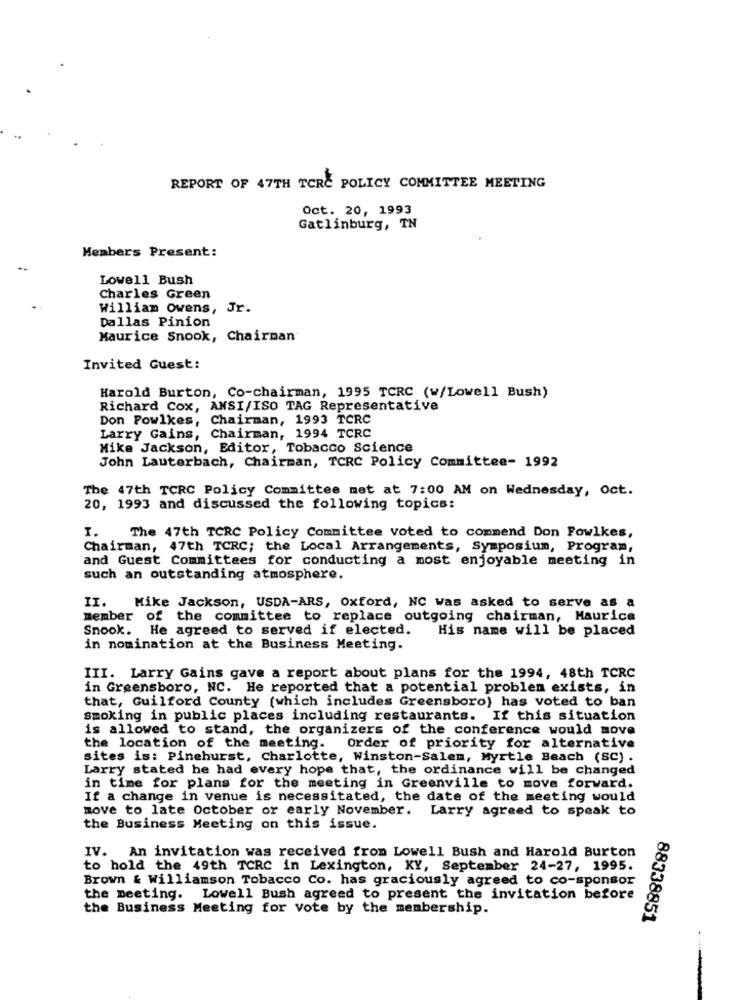
REPORT OF 47TH TCRE POLICY COMMITTEE MEETING
Oct. 20, 1993
Gatlinburg, TN
Members Present:
Lowell Bush
Charles Green
William Owens, Jr.
Dallas Pinion
Maurice Snook, Chairman
Invited Guest:
Harold Burton, Co-chairman, 1995 TCRC (w/Lowell Bush)
Richard Cox, ANSI/ISO TAG Representative
Don Powlkes, Chairman, 1993 TCRC
Larry Gains, Chairman, 1994 TCRC
Mike Jackson, Editor, Tobacco Science
John Lauterbach, Chairman, TCRC Policy Committee- 1992
The 47th TCRC Policy Committee met at 7:00 AM on Wednesday, Oct.
20, 1993 and discussed the following topics:
1.
The 47th TCRC Policy Committee voted to commend Don Fowlkes,
Chairman, 47th TCRC; the Local Arrangements, Symposium, Program,
and Guest Committees for conducting a most enjoyable meeting in
such an outstanding atmosphere.
II. Mike Jackson, USDA-ARS, Oxford, NC was asked to serve as a
member of the committee to replace outgoing chairman, Maurice
Snook. He agreed to served if elected.
His name will be placed
in nomination at the Business Meeting.
III. Larry Gains gave a report about plans for the 1994, 48th TCRC
in Greensboro, NC. He reported that a potential problem exists, in
that, Guilford County (which includes Greensboro) has voted to ban
smoking in public places including restaurants. If this situation
is allowed to stand, the organizers of the conference would move
the location of the meeting. order of priority for alternative
sites is: Pinehurst, Charlotte, Winston-Salem, Myrtle Beach (SC) .
Larry stated he had every hope that, the ordinance will be changed
in time for plans for the meeting in Greenville to move forward.
If a change in venue is necessitated, the date of the meeting would
move to late October or early November. Larry agreed to speak to
the Business Meeting on this issue.
IV. An invitation was received from Lowell Bush and Harold Burton
to hold the 49th TCRC in Lexington, KY, September 24-27, 1995.
Brown & Williamson Tobacco Co. has graciously agreed to co-sponsor
the meeting. Lowell Bush agreed to present the invitation before
the Business Meeting for vote by the membership.
88338851